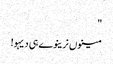
"
مینوں نرینوے ہی دیہو!